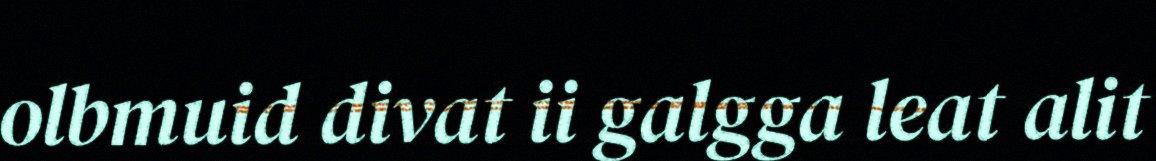
olbmuid divat ii galgga leat alit